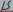
Text: 15